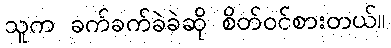
သူက ခက်ခက်ခဲခဲဆို စိတ်ဝင်စားတယ်။